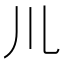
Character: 𫶧